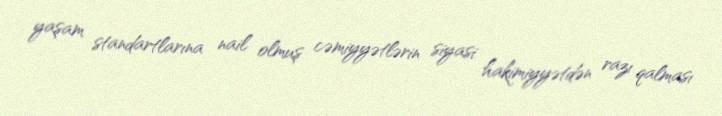
yaşam standartlarına nail olmuş cəmiyyətlərin siyasi hakimiyyətdən razı qalması